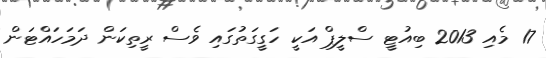
17 މެއި 2013 ބިއުޓީ ސްލީޕް އަކީ ހަގީގަތުގައި ވެސް ރީތިކަން ދަމަހައްޓަން